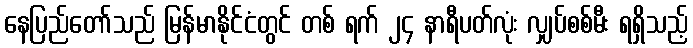
နေပြည်တော်သည် မြန်မာနိုင်ငံတွင် တစ် ရက် ၂၄ နာရီပတ်လုံး လျှပ်စစ်မီး ရရှိသည့်